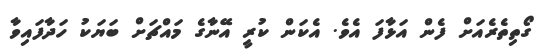
ގޯތިތެރެއަށް ފެން އަޅާފަ އެވެ. އެކަން ކުރީ އޭނާގެ މައްޗަށް ބަޔަކު ހަދާފައިވާ